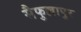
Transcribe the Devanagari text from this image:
सैफुल्लापुर